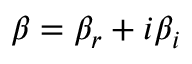
\beta = \beta _ { r } + i \beta _ { i }